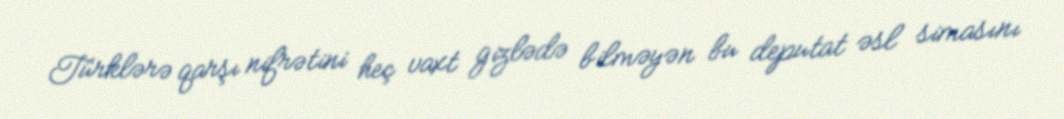
Türklərə qarşı nifrətini heç vaxt gizlədə bilməyən bu deputat əsl simasını